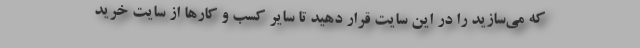
که می‌سازید را در این سایت قرار دهید تا سایر کسب و کارها از سایت خرید